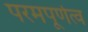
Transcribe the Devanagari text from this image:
परमपूर्णत्व